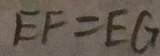
E F = E G